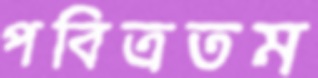
পবিত্রতম